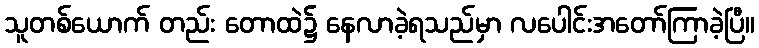
သူတစ်ယောက် တည်း တောထဲ၌ နေလာခဲ့ရသည်မှာ လပေါင်းအတော်ကြာခဲ့ပြီ။